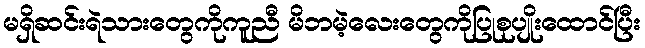
မရှိဆင်းရဲသားတွေကိုကူညီ မိဘမဲ့လေးတွေကိုပြုစုပျိုးထောင်ပြီး